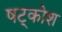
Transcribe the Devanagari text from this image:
षट्कोश